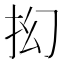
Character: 抝